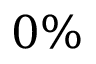
0 \%